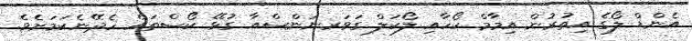
އެންޑް ލޯގެ އިތުރުން އިމާމް ކޯހާއި ލޯކަލް ގަވަރނަންސްއާ ގުޅޭ ކޯސްތައް ހެދޭނެކަމަށެވެ.